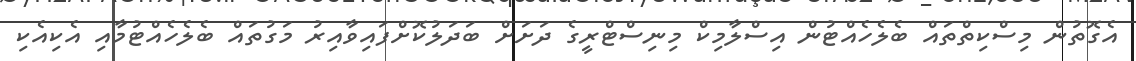
އެގޮތުން މިސްކިތްތައް ބެލެހެއްޓުން އިސްލާމިކް މިނިސްޓްރީގެ ދަށަށް ބަދަލުކޮށްފައިވާއިރު މަގުތައް ބެލެހެއްޓުމާއި އެކިއެކި